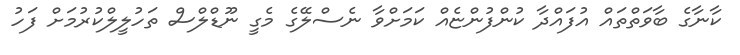
ކާނާގެ ބާވަތްތައް އުފައްދާ ކުންފުންޏެއް ކަމަށްވާ ނެސްލޭގެ މެގީ ނޫޑްލްސް ތަހުލީލްކުރުމަށް ފަހު